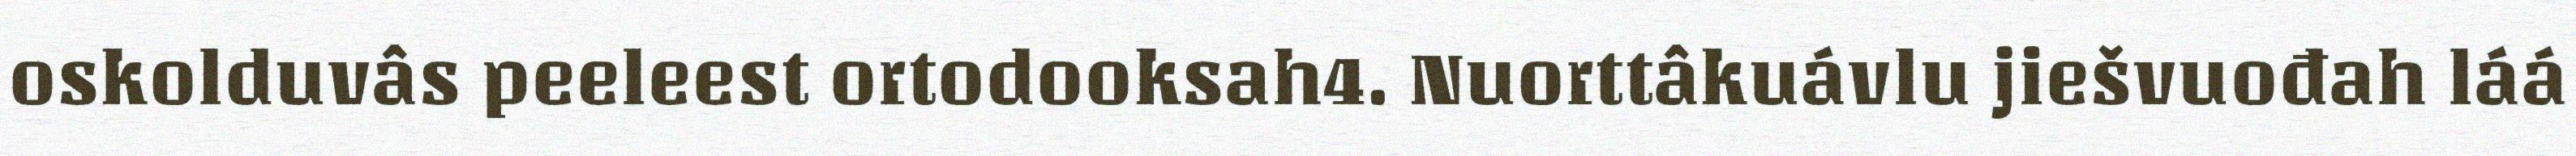
oskolduvâs peeleest ortodooksah4. Nuorttâkuávlu jiešvuođah láá